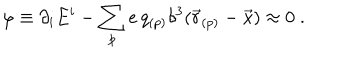
\varphi \equiv \partial _ { i } E ^ { i } - \sum _ { p } e \, q _ { ( p ) } \delta ^ { 3 } ( \vec { r } _ { ( p ) } - \vec { x } ) \approx 0 \; .